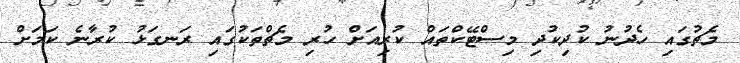
މެޗުގައި ހެދުނު ކުދިކުދި މިސްޓޭކްތައް ކުރިއަށް ހުރި މެޗްތަކުގައި ރަނގަޅު ކުރާނެ ކަމަށް